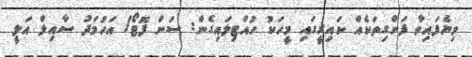
ވިޔެފައިވާ ފަންގިތަކެއް ކައިރީގައި މީހަކު ހުއްޓިލައިގެން: ސަން ފޮޓޯ/ އަހުމަދު ސާއިލް އަލީ